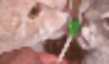
উস্‌কায়